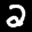
Digit: 2